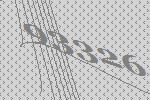
93326